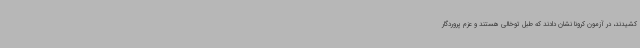
کشیدند، در آزمون کرونا نشان دادند که طبل توخالی هستند و عزم پروردگار